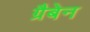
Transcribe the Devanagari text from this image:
ग्रैबेन